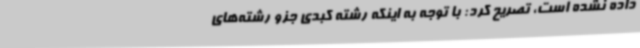
داده نشده است، تصریح کرد: با توجه به اینکه رشته کبدی جزو رشته‌های